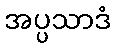
အပ္ပသာဒံ